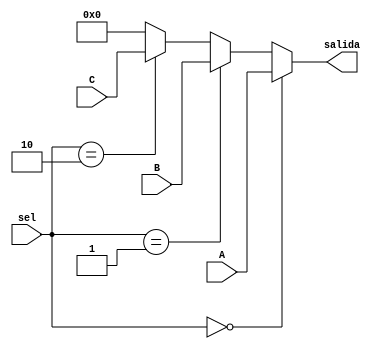
`timescale 1ns / 1ps
//////////////////////////////////////////////////////////////////////////////////
// Company: 
// Engineer: 
// 
// Design Name: 
// Module Name: mux3a1
// Project Name: 
// Target Devices: 
// Tool Versions: 
// Description: 
// 
// Dependencies: 
// 
// Revision:
// Revision 0.01 - File Created
// Additional Comments:
// 
//////////////////////////////////////////////////////////////////////////////////


module mux3a1#(parameter nbits = 32)
(A,B,C,sel,salida);

	// Parametros internos
	parameter msb =nbits -1; // bit mas sigficativo
	
	// Entradas modulo
	input wire [msb:0] A, B, C;
	input wire [1:0] sel;
	
	// Salidas modulo
	output wire [msb:0] salida;
	
	// Logica multiplexor
	assign salida =	(sel == 2'b00) ? A:
							(sel == 2'b01) ? B:
							(sel == 2'b10) ? C: 0;

endmodule